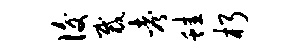
后裁考蛙朽